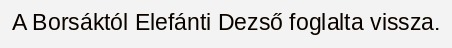
A Borsáktól Elefánti Dezső foglalta vissza.